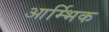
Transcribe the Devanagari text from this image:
आर्म्भिक